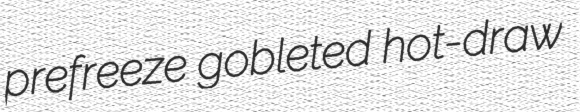
prefreeze gobleted hot-draw